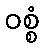
ဝစ္စံ